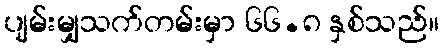
ပျမ်းမျှသက်တမ်းမှာ ၆၆.၈ နှစ်သည်။